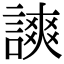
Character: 𧫗